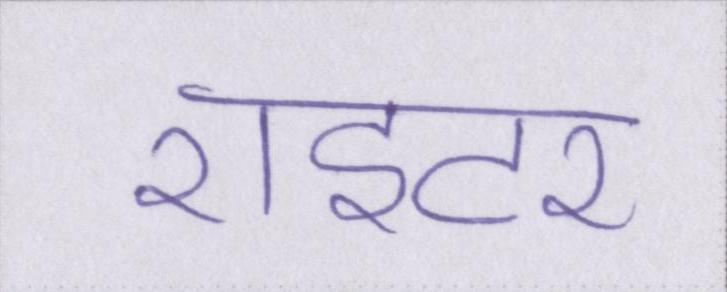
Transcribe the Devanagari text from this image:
राइटर